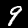
Label: 9